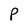
Character: P